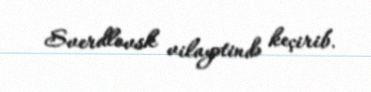
Sverdlovsk vilayətində keçirib.